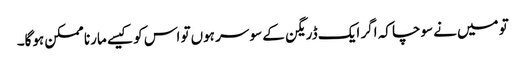
تو میں‌نے سوچا کہ اگر ایک ڈریگن کے سو سر ہوں‌تو اس کو کیسے مارنا ممکن ہوگا۔